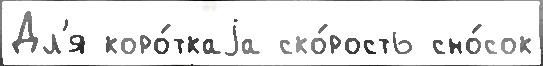
Дл'я коро́ткаjа ско́рость сно́сок